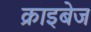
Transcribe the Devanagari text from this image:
क्राइबेज